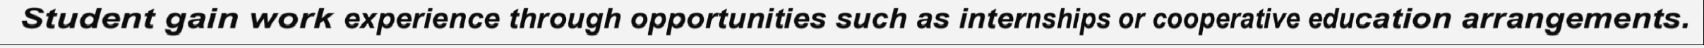
Student gain work experience through opportunities such as internships or cooperative education arrangements.